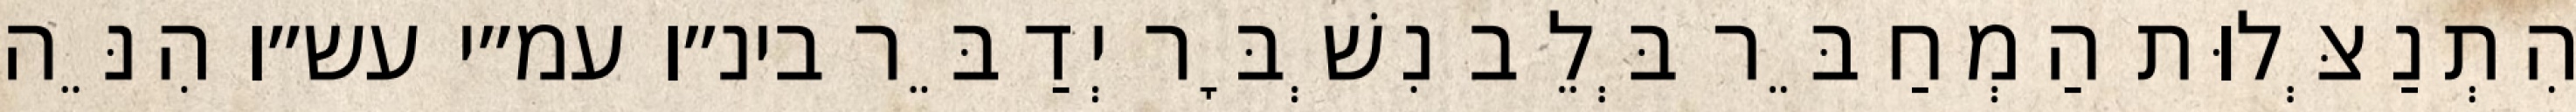
הִתְנַצְּלוּת הַמְחַבֵּר בְּלֵב נִשְׁבָּר יְדַבֵּר בינ״ו עמ״י עש״ו הִנֵּה